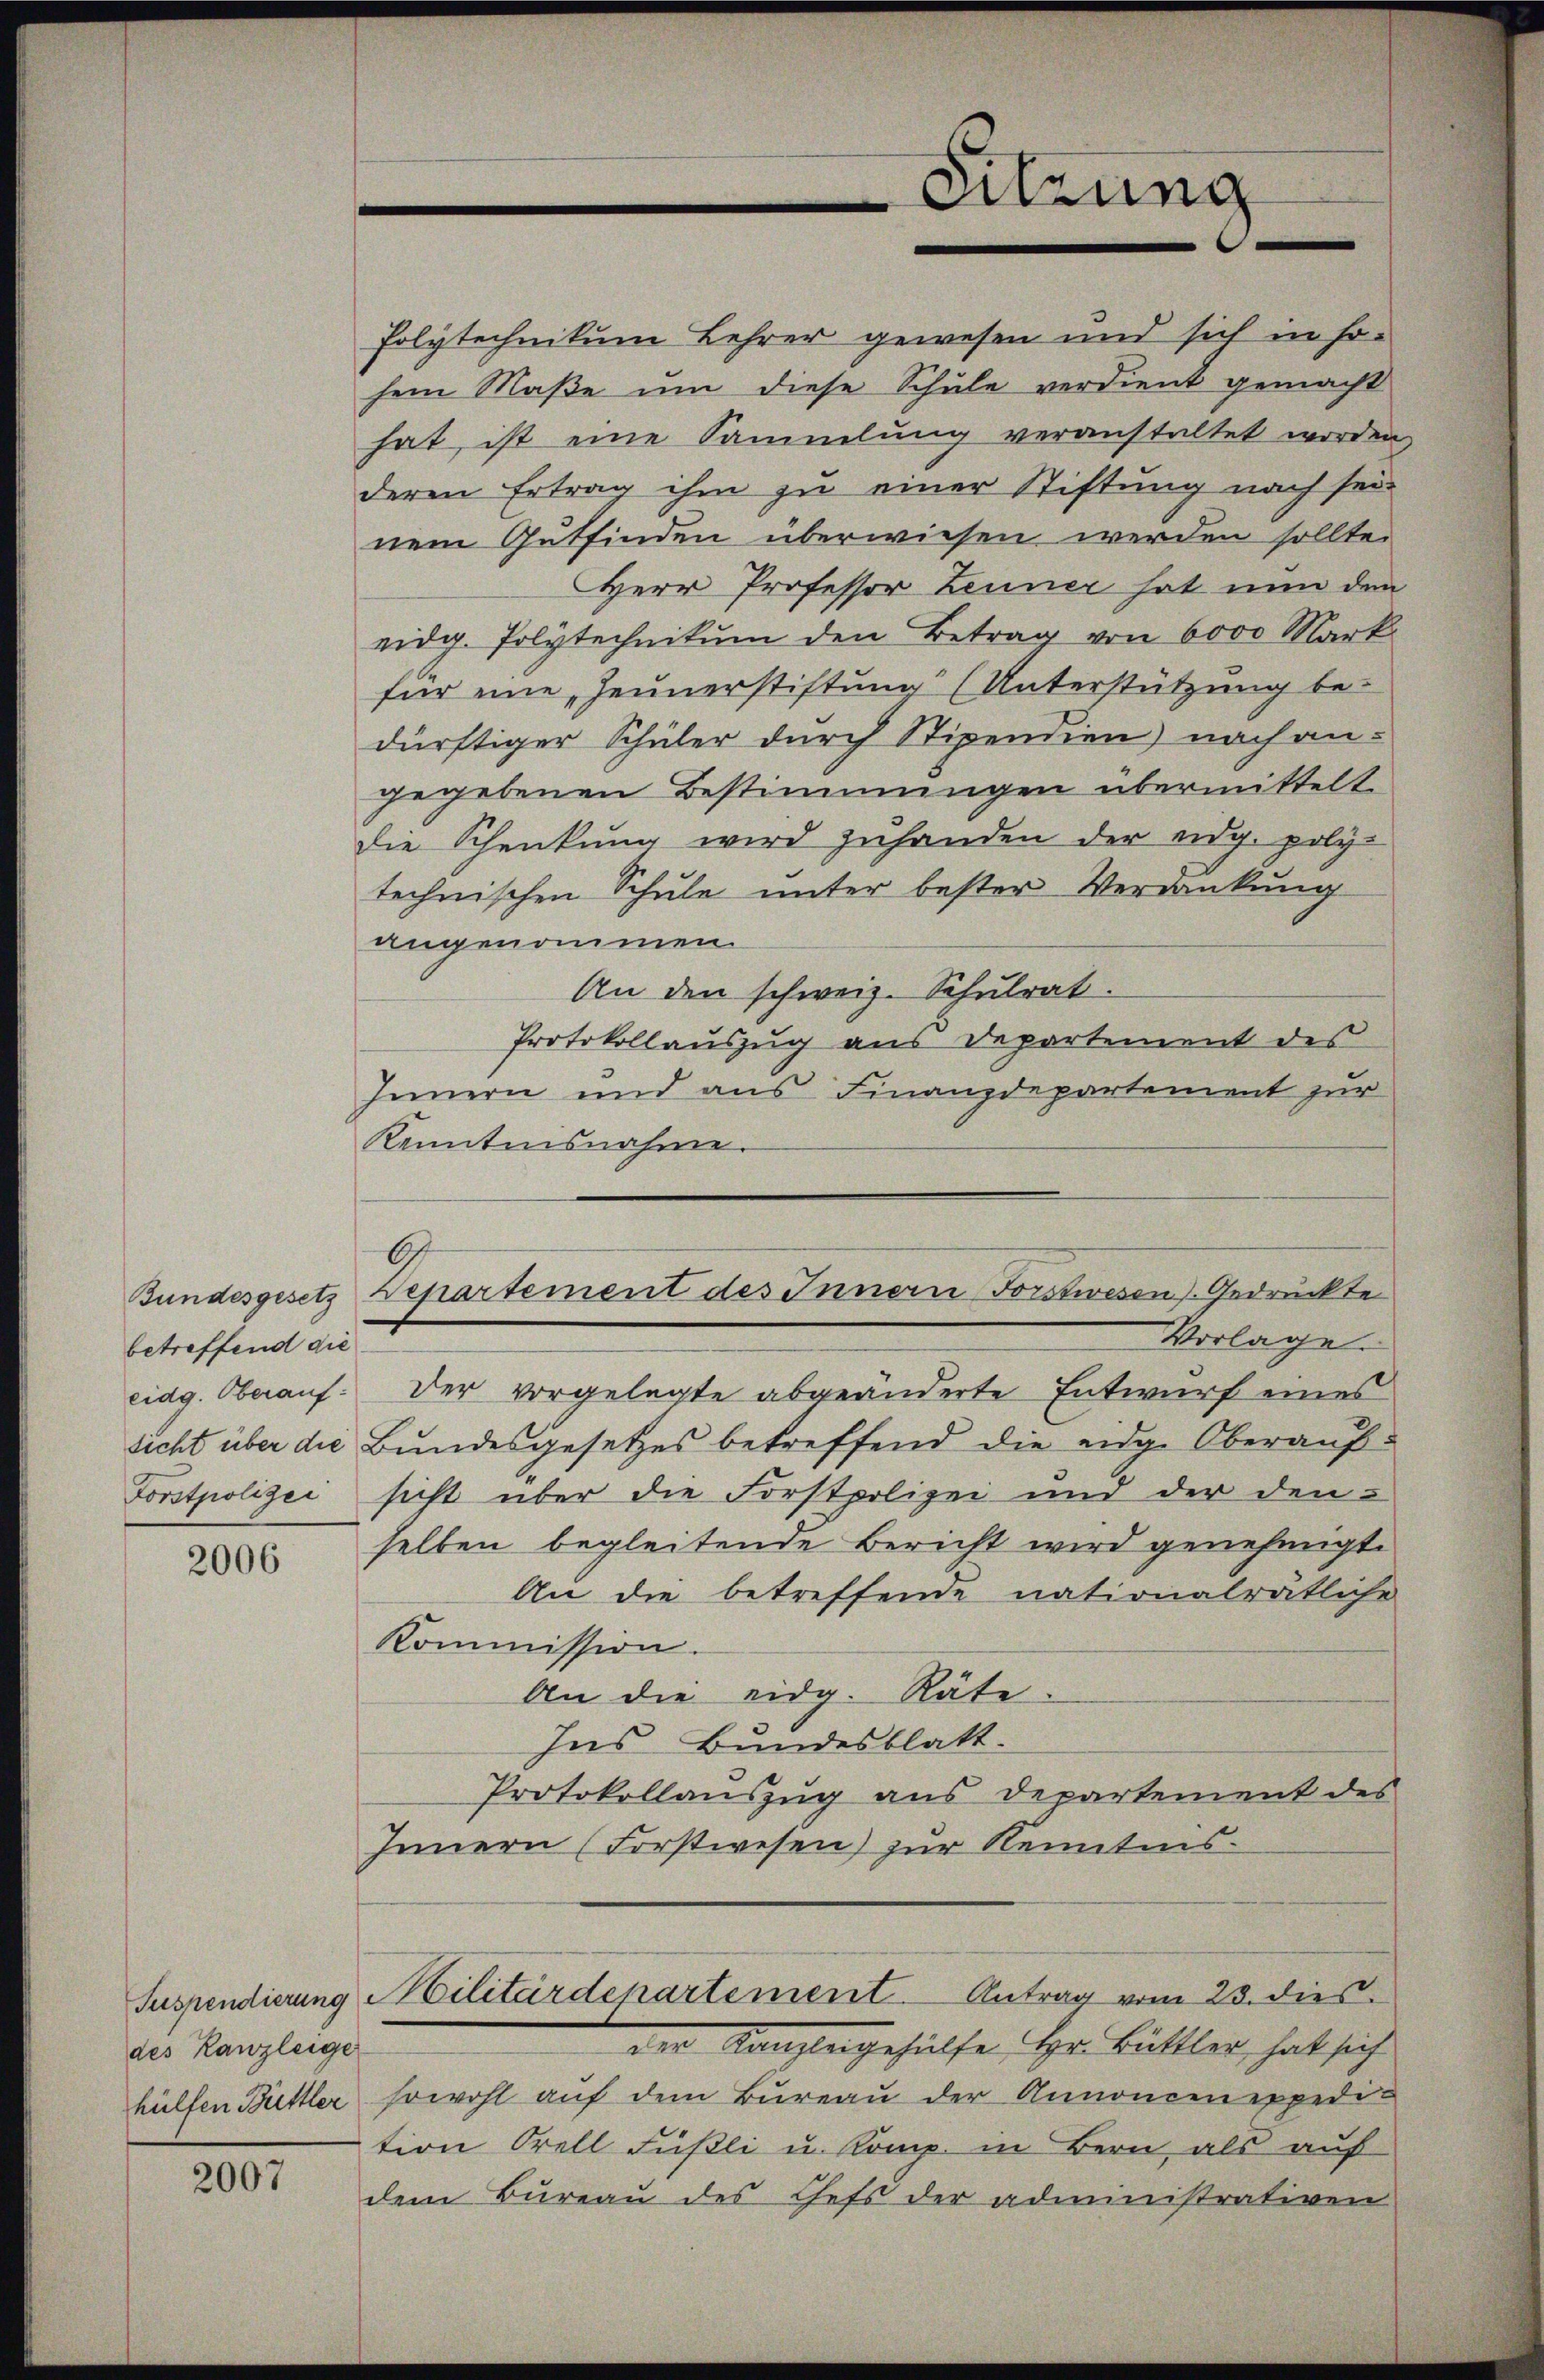
betreffend die
eidg. Oberauf:

2006

des Kanzleige

2007

Polytechnikum Lehrer gewesen und sich in sosein Maße um diese Schule verdient gemacht
hat, ist eine Sammlung veranstaltet worden,
deren Ertrag ihm zu einer Stiftung nach seinem Gutfinden überwiesen werden sollte.
Herr Professor Zeuner hat nun den
eidg. Polytechnikum den Betrag von 6000 Mark
für eine „Heunerstiftung“ (Unterstützung bedürftiger Schüler durch Stipendien nach an-
gegebenen Bestimmungen übermittelt.
die Schenkung wird zuhanden der eidg. polytechnischen Schule unter bester Verdankung
angenommen.
An den schweiz. Schŭlrat.
Protokollauszug aus Departement des
Innern und aus Finanzdepartement zur
Kenntnisnahme.
Bundesgesetz Departement des Innern Forstwesen) Gedrückte
Vorlage.
Der vorgelegte abgeänderte Entwurf eines
sicht über die Bundesgesetzes betreffend die eidg. Oberauf-
Forstpolizei sicht über die Forstpolizei und der denselben begleitende Bericht wird genehmigt.
An die betreffende nationalrätliche
Kommission.
An die eidg. Räte.
Ins Bundesblatt.
Protokollauszug aus Departement des
Innern (Forstwesen) zŭr Kenntnis-
Suspendierung Militärdepartement. Antrag vom 23. dies
der Kanzleigehülfe Hr. Butter, hat sich
hülfen Butter sowohl auf dem Bureau der Annoncen expedi-
tion Orell Füßli u. Komp. in Bern als auf
dem Bureau des Chefs der administrativen

Sitzung